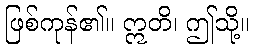
ဖြစ်ကုန်၏။ ဣတိ၊ ဤသို့။